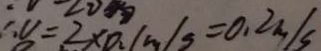
v = 2 x o _ { 2 } / m / s = 0 . 2 m / s